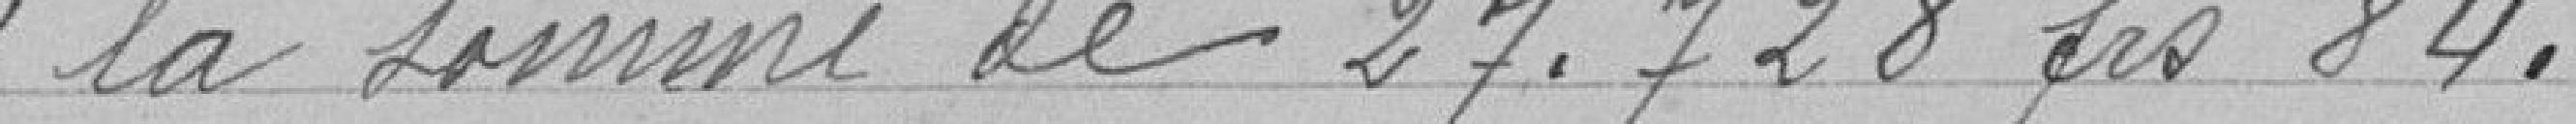
la somme de 27.728 francs 84